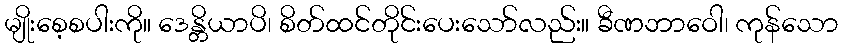
မျိုးစေ့စပါးကို။ ဒေန္တိယာပိ၊ စိတ်ထင်တိုင်းပေးသော်လည်း။ ခီဏဘာဝေါ၊ ကုန်သော